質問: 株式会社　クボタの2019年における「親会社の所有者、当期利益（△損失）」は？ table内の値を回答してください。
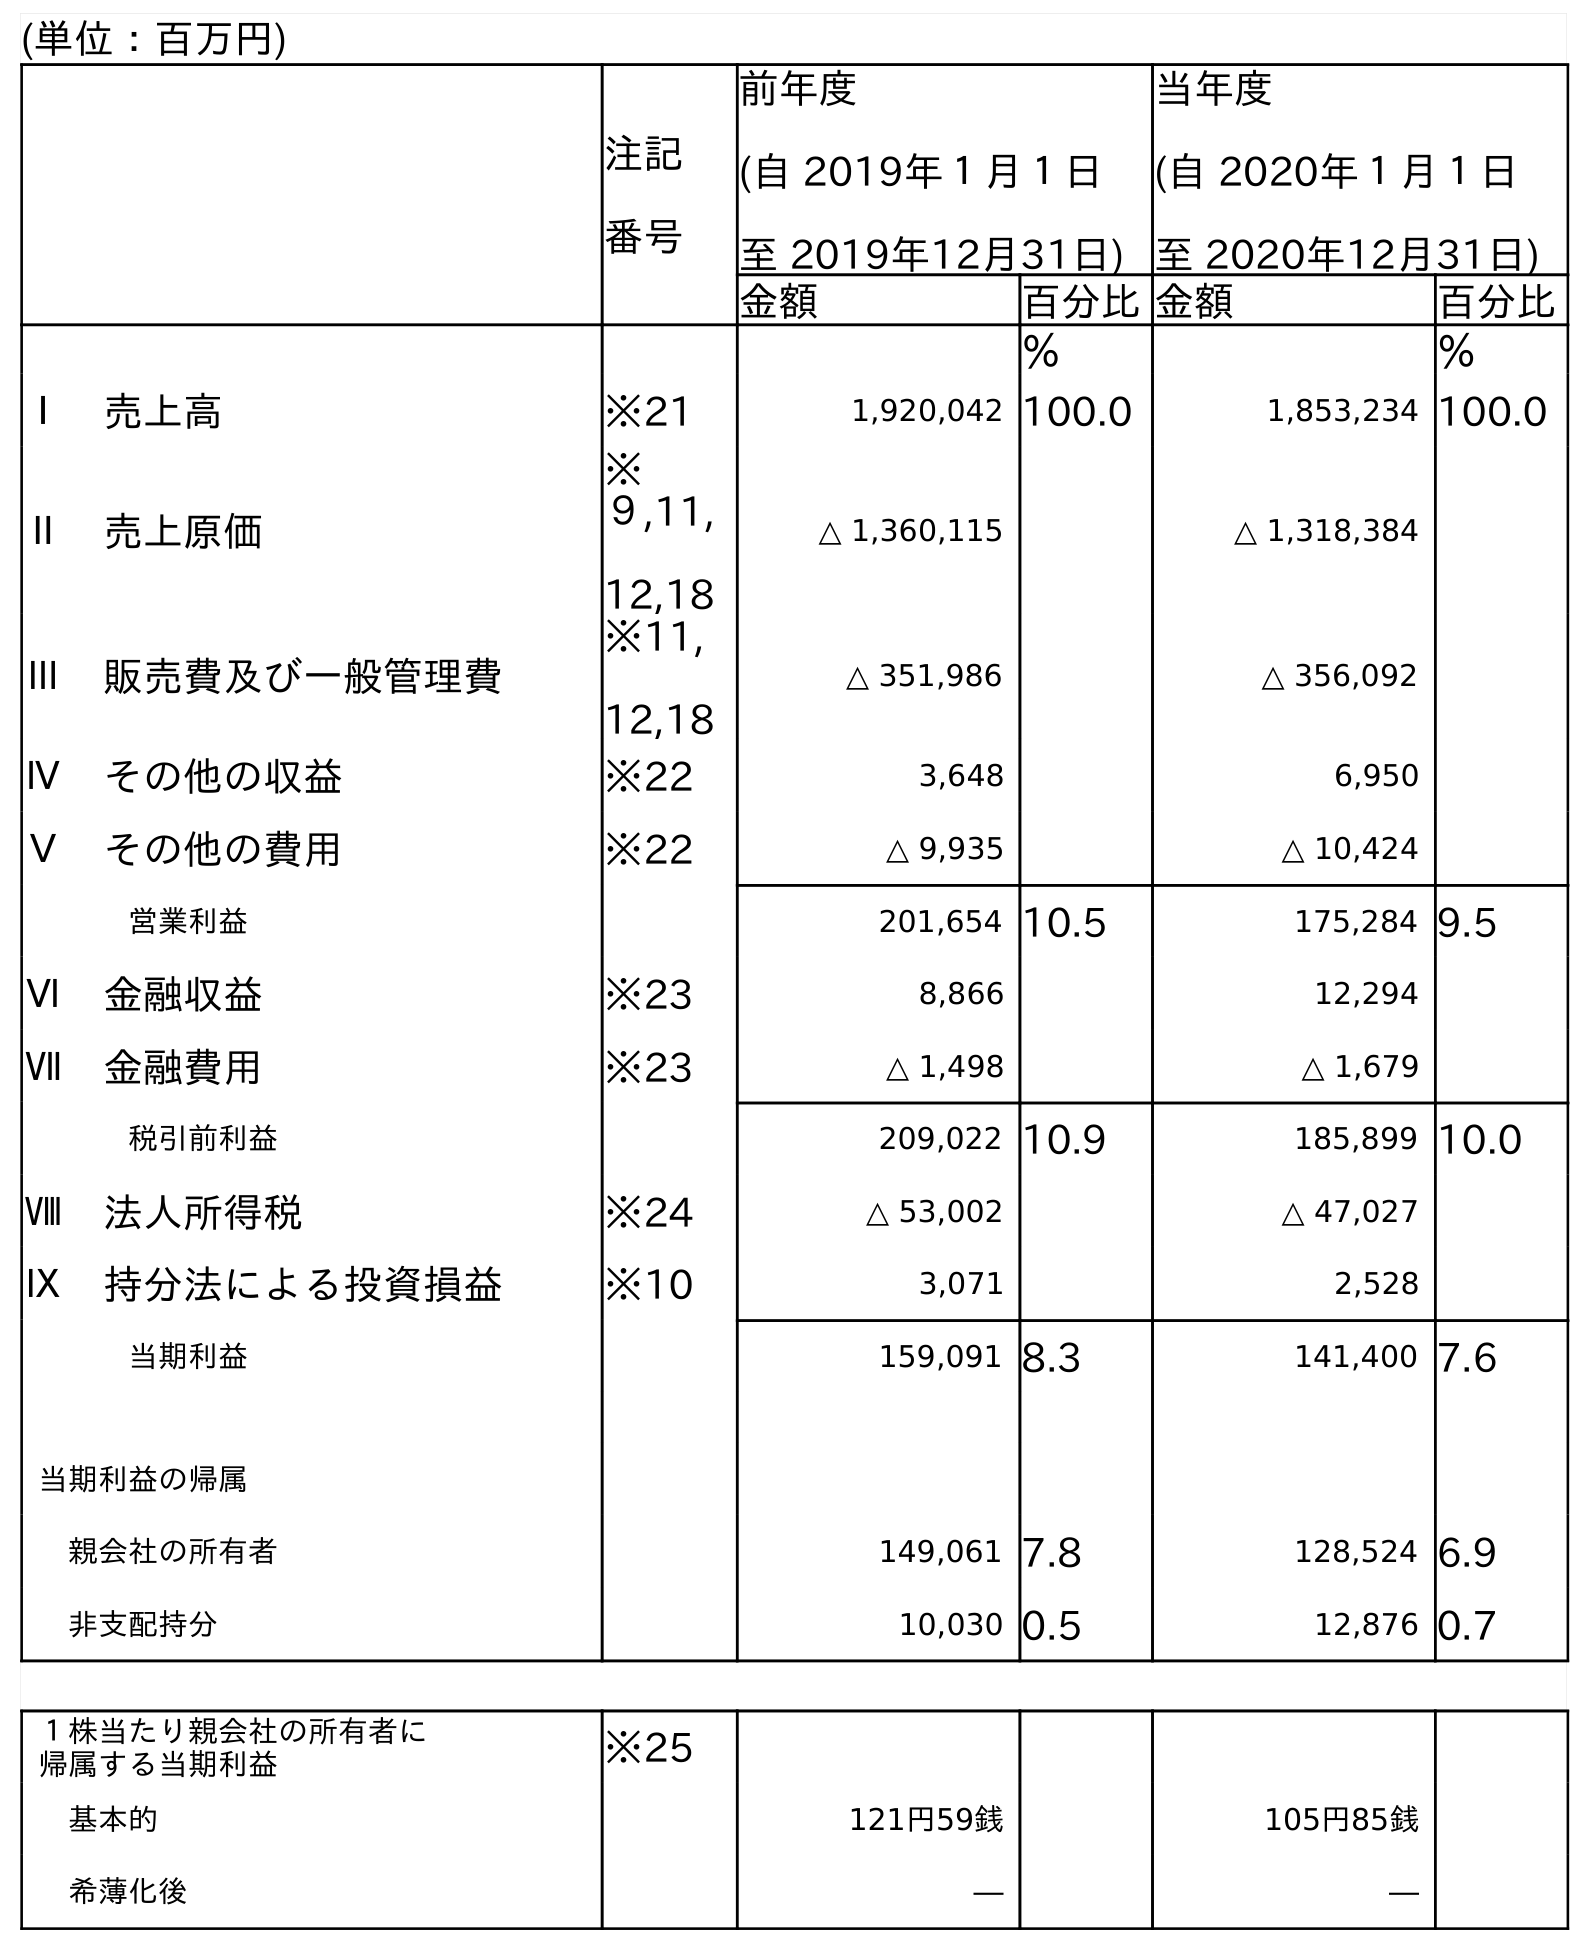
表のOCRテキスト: (単位：百万円) 注記 番号 前年度 (自 2019年１月１日 至 2019年12月31日) 当年度 (自 2020年１月１日 至 2020年12月31日) 金額 百分比金額 百分比 ％ ％ Ⅰ 売上高 ※21 1,920,042 100.0 1,853,234 100.0 Ⅱ 売上原価 ※ ９,11, 12,18 △ 1,360,115 △ 1,318,384 Ⅲ 販売費及び一般管理費 ※11, 12,18 △ 351,986 △ 356,092 Ⅳ その他の収益 ※22 3,648 6,950 Ⅴ その他の費用 ※22 △ 9,935 △ 10,424 営業利益 201,654 10.5 175,284 9.5 Ⅵ 金融収益 ※23 8,866 12,294 Ⅶ 金融費用 ※23 △ 1,498 △ 1,679 税引前利益 209,022 10.9 185,899 10.0 Ⅷ 法人所得税 ※24 △ 53,002 △ 47,027 Ⅸ 持分法による投資損益 ※10 3,071 2,528 当期利益 159,091 8.3 141,400 7.6 当期利益の帰属 親会社の所有者 149,061 7.8 128,524 6.9 非支配持分 10,030 0.5 12,876 0.7 １株当たり親会社の所有者に 帰属する当期利益 ※25 基本的 121円59銭 105円85銭 希薄化後 ― ―
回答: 149,061